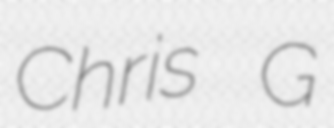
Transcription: Chris G